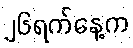
၂၆ရက်နေ့က